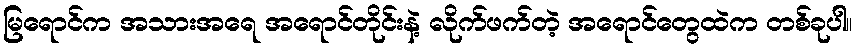
မြရောင်က အသားအရေ အရောင်တိုင်းနဲ့ လိုက်ဖက်တဲ့ အရောင်တွေထဲက တစ်ခုပါ။